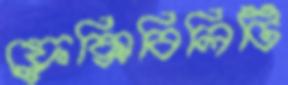
ফ্লেক্সিবিলিটি